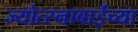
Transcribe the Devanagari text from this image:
ज्योत्स्नाबाईंच्या